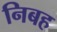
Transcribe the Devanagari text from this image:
निबह